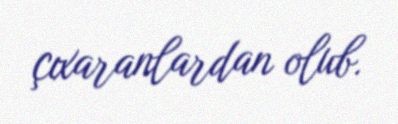
çıxaranlardan olub.